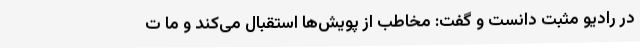
در رادیو مثبت دانست و گفت: مخاطب از پویش‌ها استقبال می‌کند و ما ت